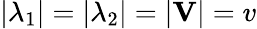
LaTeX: |\lambda_{1}|=|\lambda_{2}|=|\mathbf{V}|=v